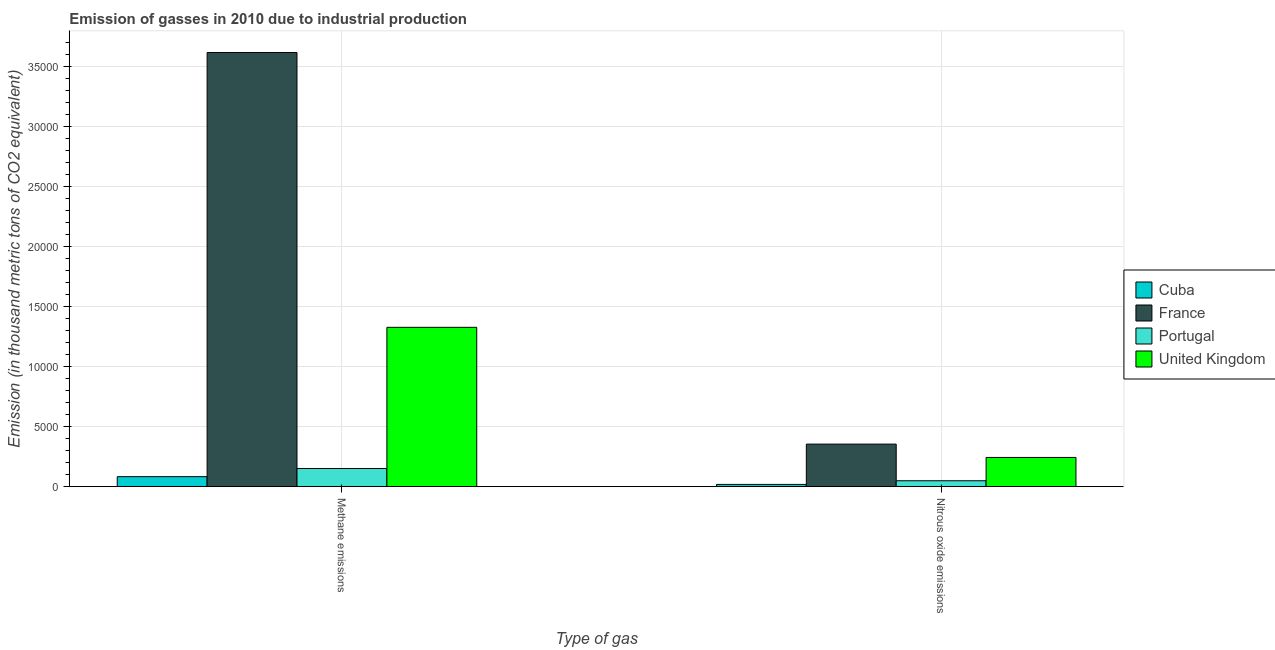
| Type of gas | Cuba | France | Portugal | United Kingdom |
 | --- | --- | --- | --- | --- |
 | Methane emissions | 835 | 3.61e+04 | 1.51e+03 | 1.33e+04 |
 | Nitrous oxide emissions | 190 | 3.54e+03 | 494 | 2.43e+03 |